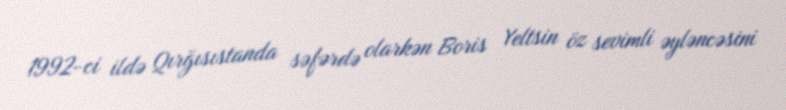
1992-ci ildə Qırğısıstanda səfərdə olarkən Boris Yeltsin öz sevimli əyləncəsini